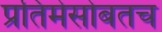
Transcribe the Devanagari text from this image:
प्रतिमेसोबतच